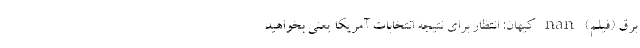
برق (فیلم) nan کیهان: انتظار برای نتیجه انتخابات آمریکا یعنی بخواهید